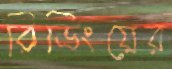
রিডিংয়ের